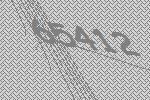
65412